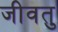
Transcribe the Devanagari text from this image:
जीवतु